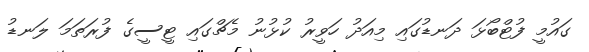
ގައުމީ ފުޓްބޯޅަ ދަނޑުގައި މިއަދު ހަވީރު ކުޅުނު މެޗްގައި ޓީސީގެ ފުރަތަމަ ލަނޑު